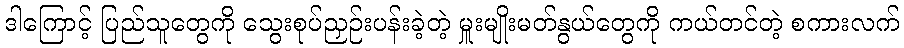
ဒါကြောင့် ပြည်သူတွေကို သွေးစုပ်ညှဉ်းပန်းခဲ့တဲ့ မှူးမျိုးမတ်နွယ်တွေကို ကယ်တင်တဲ့ စကားလက်